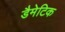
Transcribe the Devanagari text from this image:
डैमेटिक